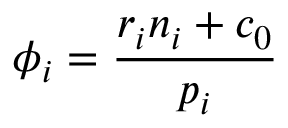
\phi _ { i } = \frac { r _ { i } n _ { i } + c _ { 0 } } { p _ { i } }